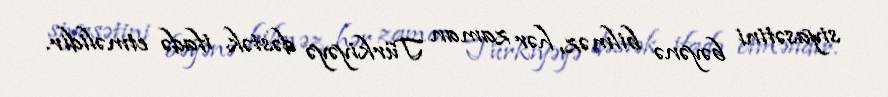
siyasətini bəyənə bilməz, hər zaman Türkiyəyə dəstək ifadə etməlidir.